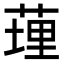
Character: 𦷯